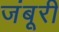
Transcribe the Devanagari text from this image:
जंबूरी